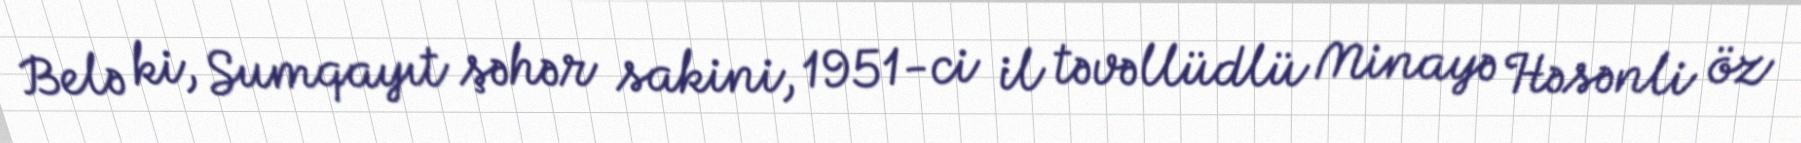
Belə ki, Sumqayıt şəhər sakini, 1951-ci il təvəllüdlü Minayə Həsənli öz